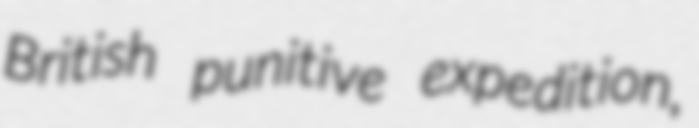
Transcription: British punitive expedition,